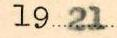
1921